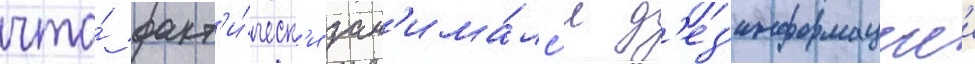
что́ факт'и́ческ'и зан'има́лс'я д'ез'информациеи